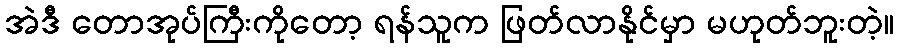
အဲဒီ တောအုပ်ကြီးကိုတော့ ရန်သူက ဖြတ်လာနိုင်မှာ မဟုတ်ဘူးတဲ့။